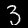
Digit: 3